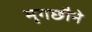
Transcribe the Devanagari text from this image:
मृगछौने